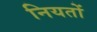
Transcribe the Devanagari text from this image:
नियतों